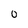
Character: 0